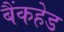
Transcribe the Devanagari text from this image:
बैंकहेड